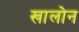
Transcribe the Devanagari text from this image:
खालोन